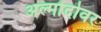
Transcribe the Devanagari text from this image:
अल्मोदोवर